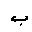
Letter: _ba